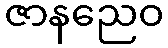
ဇာနညေဝ